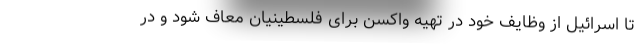
تا اسرائیل از وظایف خود در تهیه واکسن برای فلسطینیان معاف شود و در